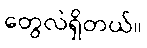
တွေလဲရှိတယ်။